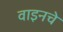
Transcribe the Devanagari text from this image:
वाइनचे